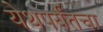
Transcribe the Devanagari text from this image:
येथपर्यंतचा